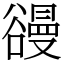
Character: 䜱